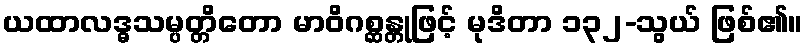
ယထာလဒ္ဓသမ္ပတ္တိတော မာဝိဂစ္ဆန္တုဖြင့် မုဒိတာ ၁၃၂-သွယ် ဖြစ်၏။